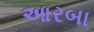
આરબા